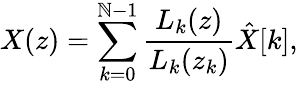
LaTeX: X(z)=\sum_{k=0}^{\mathbb{N}-1}{\frac{{L_{k}(z)}}{{L_{k}(z_{k})}}}{\hat{{X}}}[k],